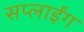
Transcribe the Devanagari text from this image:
सप्लाईंग